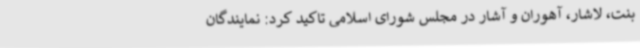
بنت، لاشار، آهوران و آشار در مجلس شورای اسلامی تاکید کرد: نمایندگان